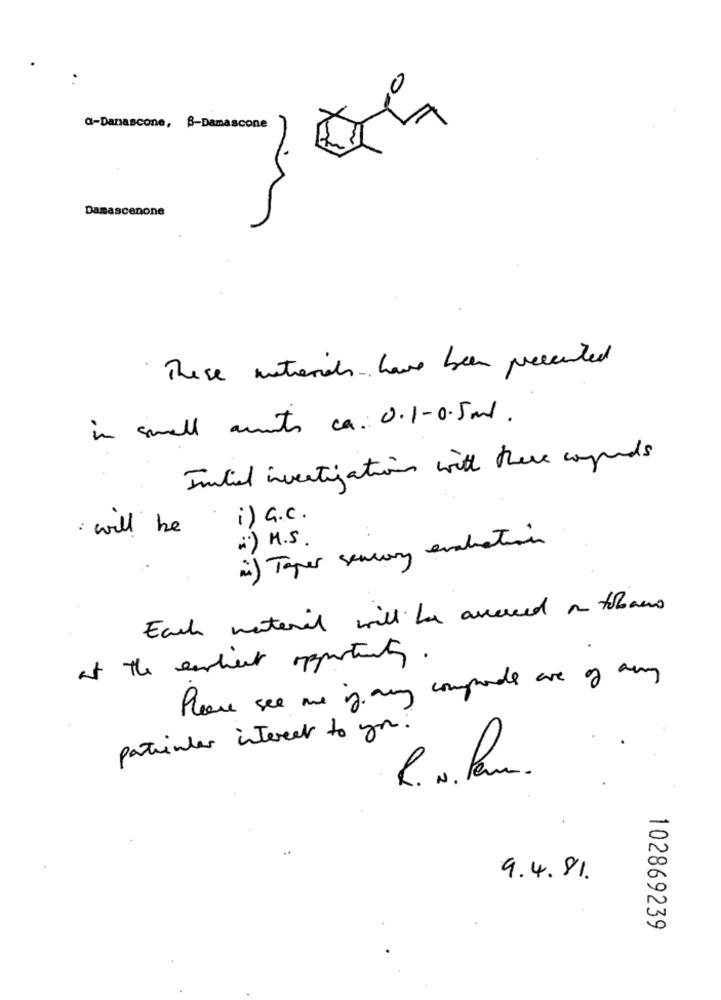
a-Danascone, B-Damascone
Damascenone
These materials have been presented
in small aunts ca. 0.1-0.5 ml.
Initial investigations with these sounds
: will be
i) a. C .
") M.S.
i) Taper senary evaluation
Each material will be accessed ~ tobons
at the earliest opportunity.
Please see me if any comprode are of any
patrinter interest to you?
R. N. Pam.
9.4. 81.
102869239